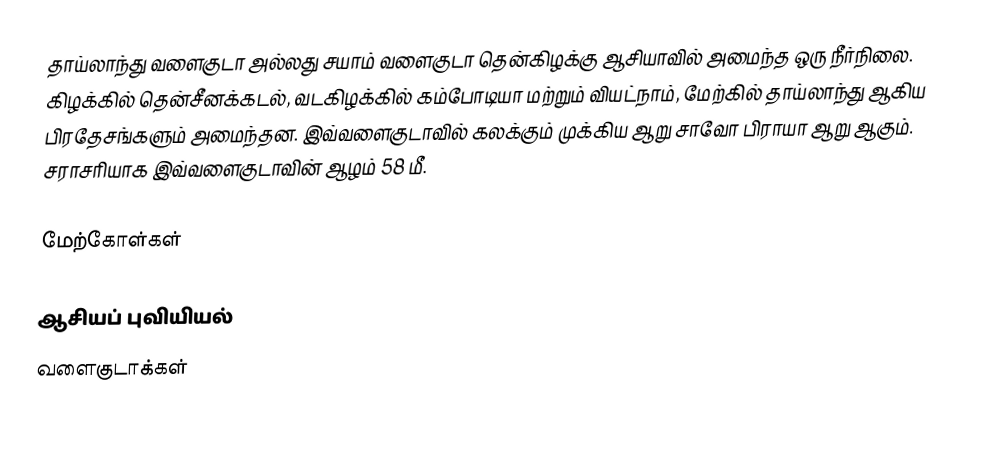
தாய்லாந்து வளைகுடா அல்லது சயாம் வளைகுடா தென்கிழக்கு ஆசியாவில் அமைந்த ஒரு நீர்நிலை. கிழக்கில் தென்சீனக்கடல், வடகிழக்கில் கம்போடியா மற்றும் வியட்நாம், மேற்கில் தாய்லாந்து ஆகிய பிரதேசங்களும் அமைந்தன. இவ்வளைகுடாவில் கலக்கும் முக்கிய ஆறு சாவோ பிராயா ஆறு ஆகும். சராசரியாக இவ்வளைகுடாவின் ஆழம் 58 மீ.

மேற்கோள்கள்

ஆசியப் புவியியல்
வளைகுடாக்கள்